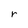
Character: r